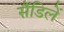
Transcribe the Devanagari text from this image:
सैंडिलें